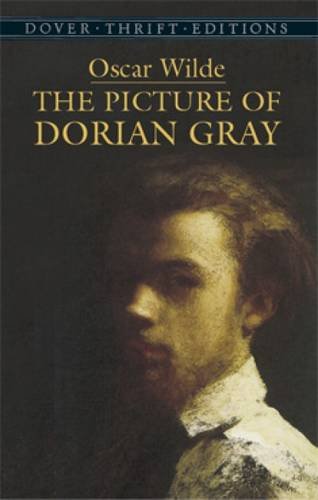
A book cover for The Picture of Dorian Gray (Dover Thrift Editions); Oscar Wilde; Mystery, Thriller & Suspense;